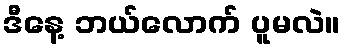
ဒီနေ့ ဘယ်လောက် ပူမလဲ။